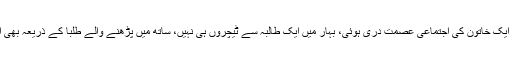
اور دوسری طرف اسی جولائی ماہ میں ایک ہی دن میں یو پی کے اناؤ میں ایک خاتون کی اجتماعی عصمت دری ہوئی، بہار میں ایک طالبہ سے ٹیچروں ہی نہیں، ساتھ میں پڑھنے والے طلبا کے ذریعہ بھی اجتماعی عصمت دری ہوئی اور اناؤ کی عصمت دری کو تو فلمایا بھی گیا۔